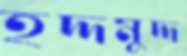
হদ্দমুদ্দ